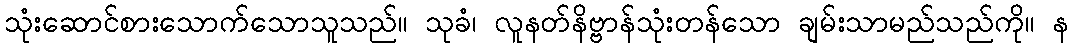
သုံးဆောင်စားသောက်သောသူသည်။ သုခံ၊ လူနတ်နိဗ္ဗာန်သုံးတန်သော ချမ်းသာမည်သည်ကို။ န